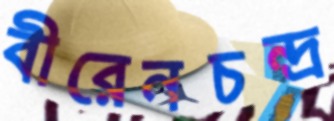
বীরেনচন্দ্র